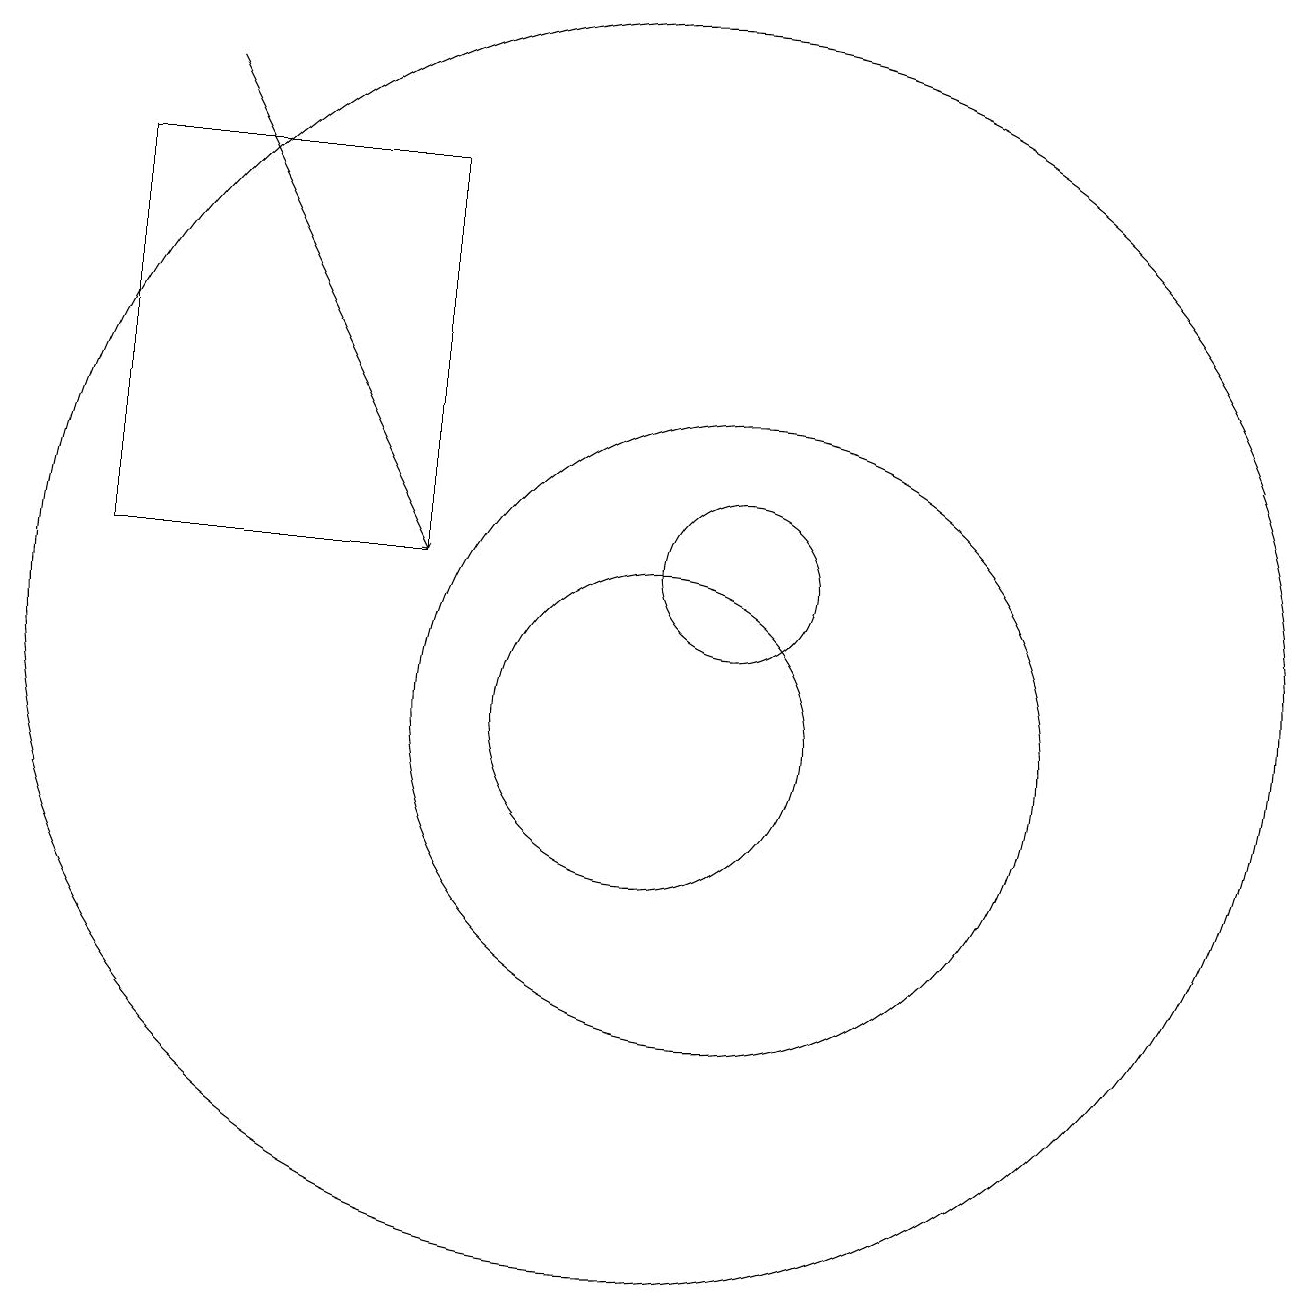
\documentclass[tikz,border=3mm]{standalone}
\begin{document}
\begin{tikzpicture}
\draw (10,10) circle (2);
\draw (11,10) circle (4);
\draw (11,12) circle (1);
\draw (10,11) circle (8);
\draw (3,12) rectangle (7,17);
\draw[->] (4,18) -- (7,12);
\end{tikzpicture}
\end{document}